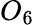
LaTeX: O_{6}